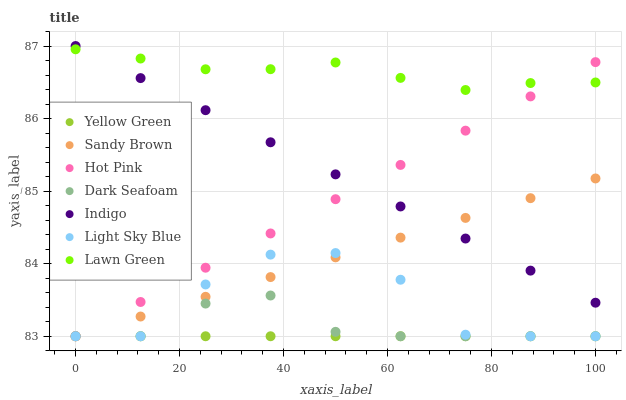
| xaxis_label | Yellow Green | Sandy Brown | Hot Pink | Dark Seafoam | Indigo | Light Sky Blue | Lawn Green |
 | --- | --- | --- | --- | --- | --- | --- | --- |
 | 0 | 83 | 83 | 83 | 83 | 87 | 83 | 87 |
 | 12.5 | 83 | 83.3 | 83.5 | 83 | 86.6 | 83 | 86.8 |
 | 25 | 83 | 83.5 | 83.9 | 83.5 | 86.1 | 83.7 | 86.7 |
 | 37.5 | 83 | 83.8 | 84.4 | 83.6 | 85.7 | 84.1 | 86.7 |
 | 50 | 83 | 84.1 | 84.9 | 83.1 | 85.2 | 84.1 | 86.8 |
 | 62.5 | 83 | 84.4 | 85.4 | 83 | 84.8 | 83.8 | 86.6 |
 | 75 | 83 | 84.6 | 85.8 | 83 | 84.3 | 83 | 86.4 |
 | 87.5 | 83 | 84.9 | 86.3 | 83 | 83.9 | 83 | 86.5 |
 | 100 | 83 | 85.2 | 86.8 | 83 | 83.5 | 83 | 86.5 |